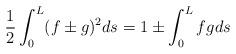
LaTeX: \begin{align*}\frac{1}{2}\int^{L}_{0}(f\pm g)^2ds=1\pm\int^{L}_{0} f gds \end{align*}